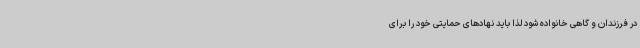
در فرزندان و گاهی خانواده شود لذا باید نهادهای حمایتی خود را برای